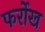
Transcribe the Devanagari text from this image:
फर्रोख